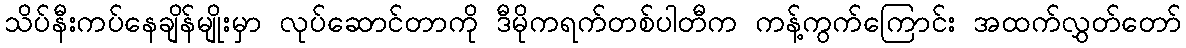
သိပ်နီးကပ်နေချိန်မျိုးမှာ လုပ်ဆောင်တာကို ဒီမိုကရက်တစ်ပါတီက ကန့်ကွက်ကြောင်း အထက်လွှတ်တော်